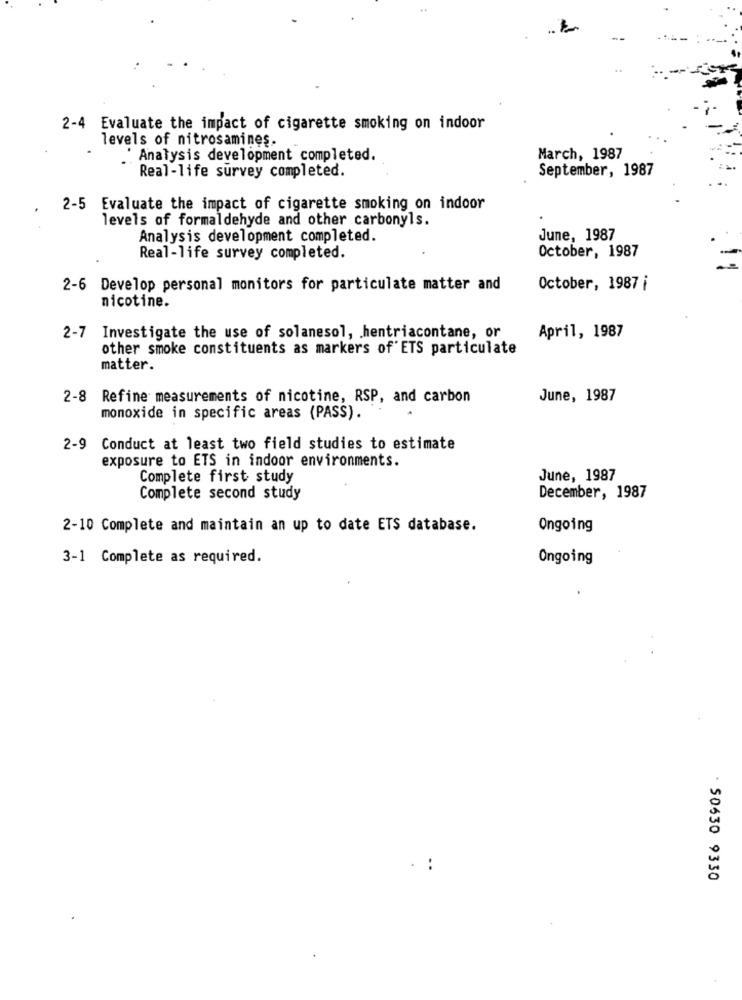
2-4 Evaluate the impact of cigarette smoking on indoor
levels of nitrosamines.
' Analysis development completed.
March, 1987
Real-life survey completed.
September, 1987
2-5 Evaluate the impact of cigarette smoking on indoor
levels of formaldehyde and other carbonyls.
Analysis development completed.
June, 1987
October, 1987
Real-life survey completed.
2-6 Develop personal monitors for particulate matter and
October, 1987 i
nicotine.
2-7 Investigate the use of solanesol, . hentriacontane, or
April, 1987
other smoke constituents as markers of' ETS particulate
matter.
2-8 Refine measurements of nicotine, RSP, and carbon
June, 1987
monoxide in specific areas (PASS).
2-9 Conduct at least two field studies to estimate
exposure to ETS in indoor environments.
Complete first study
June, 1987
Complete second study
December, 1987
2-10 Complete and maintain an up to date ETS database.
Ongoing
3-1 Complete as required.
Ongoing
..
- 50630 9330